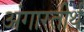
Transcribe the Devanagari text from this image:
अंगारतीर्थ